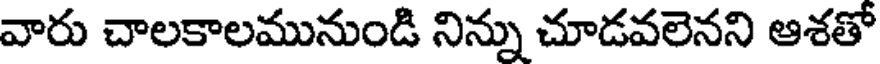
వారు చాలకాలమునుండి నిన్ను చూడవలెనని ఆశతో